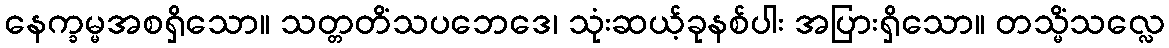
နေက္ခမ္မအစရှိသော။ သတ္တတိံသပဘေဒေ၊ သုံးဆယ့်ခုနစ်ပါး အပြားရှိသော။ တသ္မိံသလ္လေ